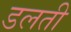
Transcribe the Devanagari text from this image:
डलती